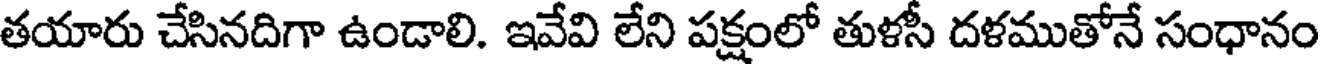
తయారు చేసినదిగా ఉండాలి. ఇవేవి లేని పక్షంలో తుళసీ దళముతోనే సంధానం